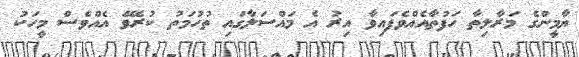
ޔާމީންގެ މަރާލިތާ ހަފުތާއެއްވެފައިވާ އިރު އެ މައްސަލާގައި ތުހުމަތު ކުރެވޭ އެއްވެސް މީހަކު